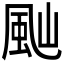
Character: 𩖞